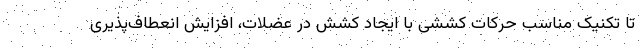
تا تکنیک‌ مناسب حرکات کششی با ایجاد کشش در عضلات، افزایش انعطاف‌پذیری